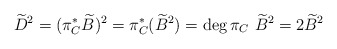
\begin{align*}\widetilde{D}^2=(\pi_C^*\widetilde{B})^2=\pi_C^*(\widetilde{B}^2)={\rm deg}\,\pi_C\ \widetilde{B}^2=2\widetilde{B}^2\end{align*}